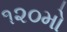
૧૨૦મો